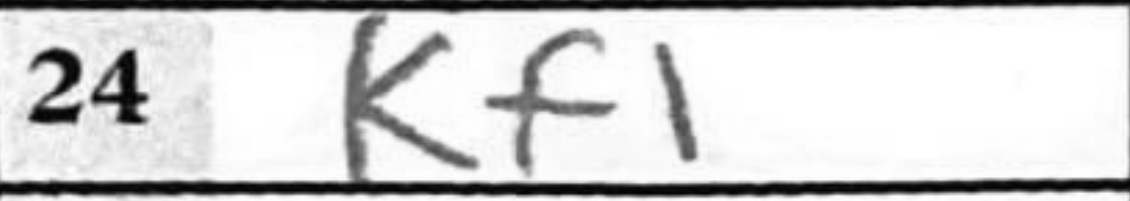
Transcription: Kf1